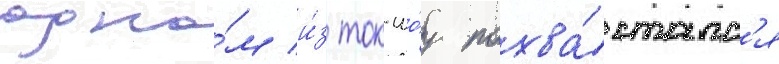
одно́м и́з ток-шо́у похва́сталс'я